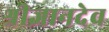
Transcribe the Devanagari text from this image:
श्रीज्ञानदेव